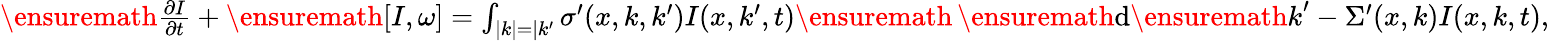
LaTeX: \begin{array}{r}{\ensuremath{\frac{\partial I}{\partial t}}+\ensuremath{\left[I,\omega\right]}=\int_{|k|=|k^{\prime}}\sigma^{\prime}(x,k,k^{\prime})I(x,k^{\prime},t)\ensuremath{\, \ensuremath{\mathrm{d}}\ensuremath{k}}^{\prime}-\Sigma^{\prime}(x,k)I(x,k,t),}\end{array}